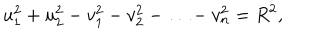
u _ { 1 } ^ { 2 } + u _ { 2 } ^ { 2 } - v _ { 1 } ^ { 2 } - v _ { 2 } ^ { 2 } - \ldots - v _ { n } ^ { 2 } = R ^ { 2 } ,